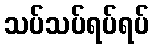
သပ်သပ်ရပ်ရပ်